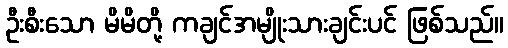
ဦးစီးသော မိမိတို့ ကချင်အမျိုးသားချင်းပင် ဖြစ်သည်။